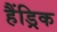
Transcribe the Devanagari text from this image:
हैंड्रिक